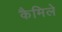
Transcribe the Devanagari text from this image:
कैमिले